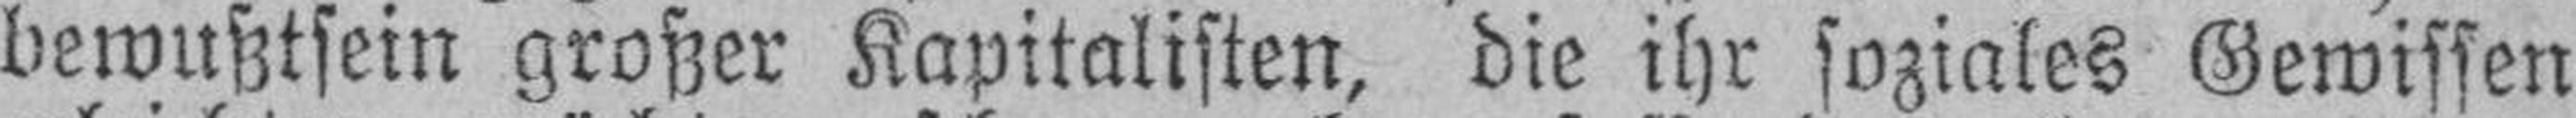
bewußtsein großer Kapitalisten, die ihr soziales Gewissen